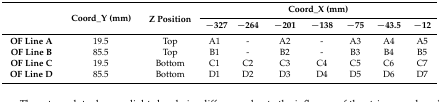
|  | <ROWSPAN=2> Coord_Y (mm) | <ROWSPAN=2> Z Position | <COLSPAN=7> Coord_X (mm) |
 |  | −327 | −264 | −201 | −138 | −75 | −43.5 | −12 |
 | --- | --- | --- | --- | --- | --- | --- | --- | --- | --- |
 | OF Line A | 19.5 | Top | A1 | - | A2 | - | A3 | A4 | A5 |
 | OF Line B | 85.5 | Top | B1 | - | B2 | - | B3 | B4 | B5 |
 | OF Line C | 19.5 | Bottom | C1 | C2 | C3 | C4 | C5 | C6 | C7 |
 | OF Line D | 85.5 | Bottom | D1 | D2 | D3 | D4 | D5 | D6 | D7 |